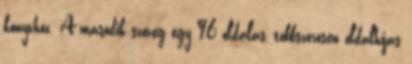
könyvhöz. A második szöveg egy 96 oldalas, többszörösen oldalhíjas